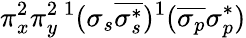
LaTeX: \pi_{x}^{2}\pi_{y}^{2}{}\, ^{1}(\sigma_{s}\overline{{\sigma_{s}^{*}}})^{1}(\overline{{\sigma_{p}}}\sigma_{p}^{*})